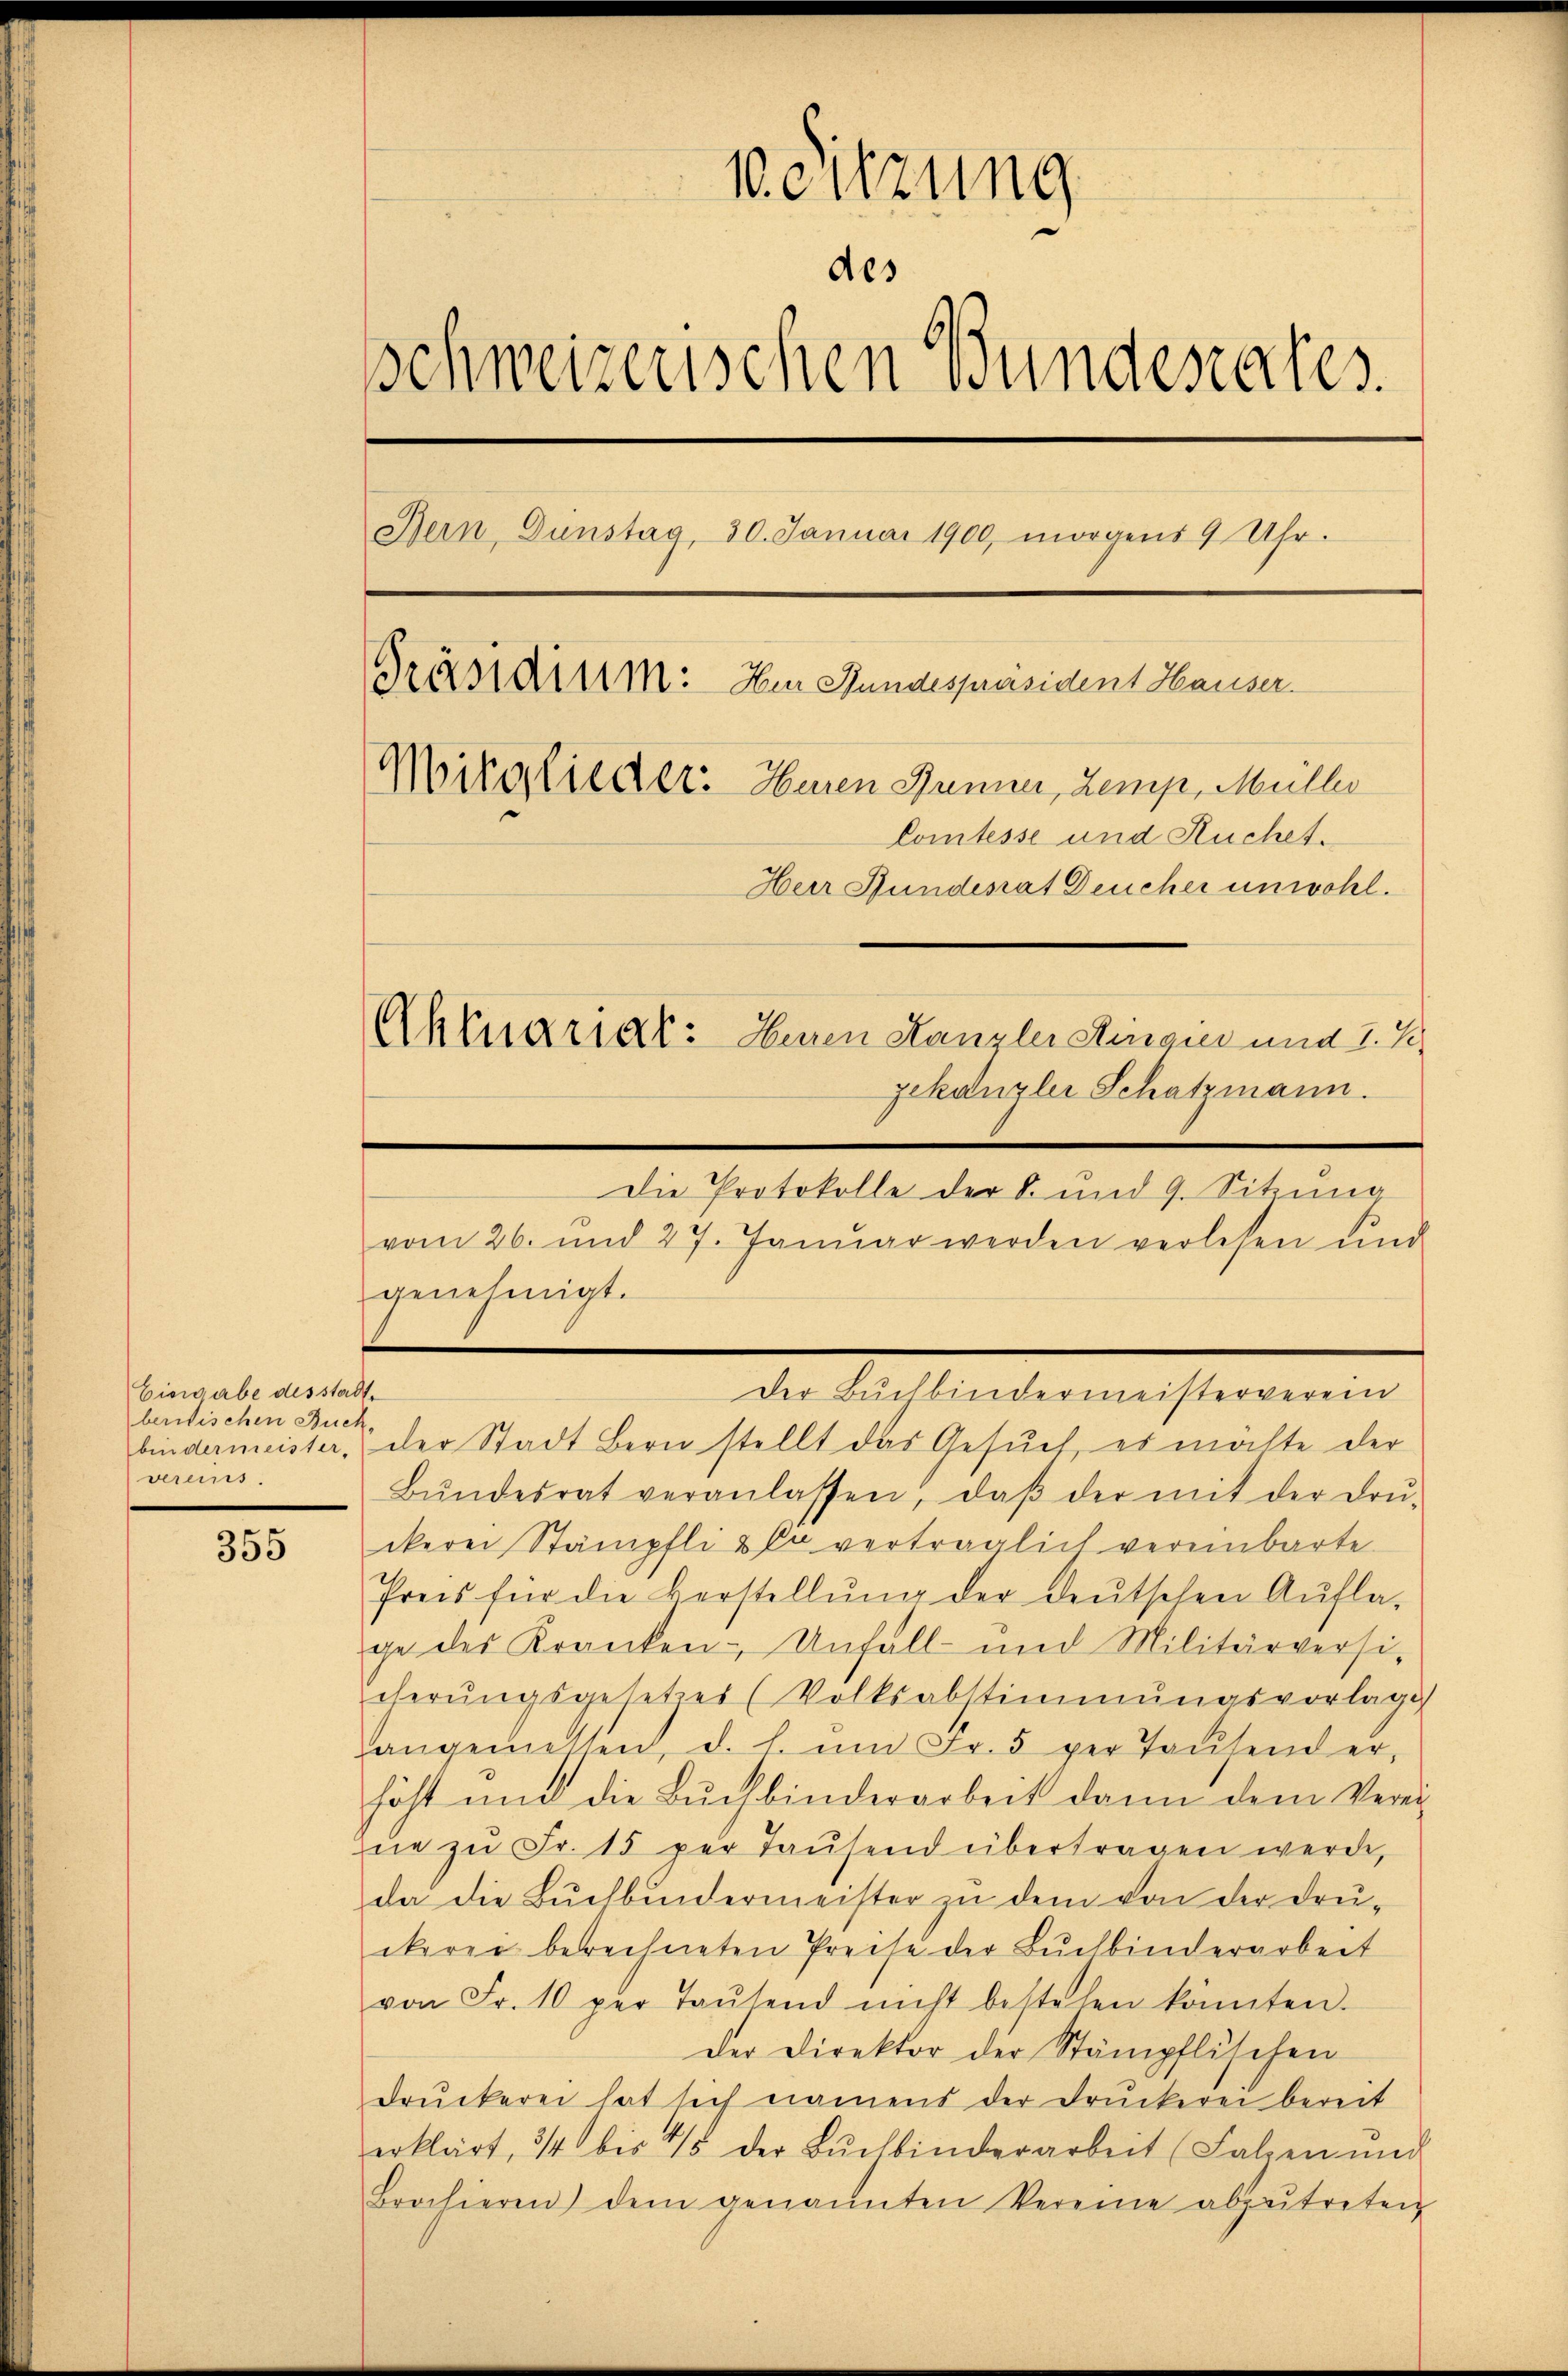
355

Eingabe des stadtberischen Buch.
vereins.

1. eitzung
des
.
schweizerischen Bundesrates.
Bein Dunstag, 30. Januar 1900, morgens 9 Uhr.
Präsidium: Im Stundespräsident Hauser.
Mitglieder. Huren Jänner, Lemp, Müller
Comtesse und Ruchet.
Herr Hundesrat Deucher unwohl.
Aktuariat: Herren Kanzlei Ringier und 7. Sch
gekanzlei Schatzmann.

genehmigt.

vom 26. und 27. Janŭar werden verlesen und

Die Protokolle der 8. und 9. Sitzung

der Buchbindermeisterverein

bindermeister, der Stadt Bern stellt das Gesuch, es mälte der
Bŭndesrat veranlassen, daβ der mit der Drŭ-
ckerei Stämpfli & so verträglich vereinbarte
Preis für die Verstellŭng der deutschen Aufla-
ge des Kranken- Unfall- und Militärversi-
cherŭngsgesetzes (Volksabstimmungsvorlage
angemessen, d. l. ŭm Fr. 5 per Taŭsend er,
höht und die Buchbinderarbeit dann dem Verei¬
Zŭe zŭ Fr. 15 per Tausend übertragen werde,
da die Buchbundermeister zu dem von der Druikerer berechneten Preise der Bŭchbinderarbeit
von Fr. 10 per Taŭtend nicht bestehen könnten.
der Direktor der Stämpflischen
drŭckerei hat sich namens der Druckerei bereit
erklärt, 3/4 bis 45 der Bŭchbinderarbeit (Falzen und
Brochieren dem genannten Vereine abzutreten